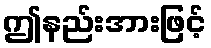
ဤနည်းအားဖြင့်